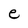
Character: e